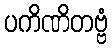
ပကိဏိတဗ္ဗံ